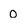
Character: o